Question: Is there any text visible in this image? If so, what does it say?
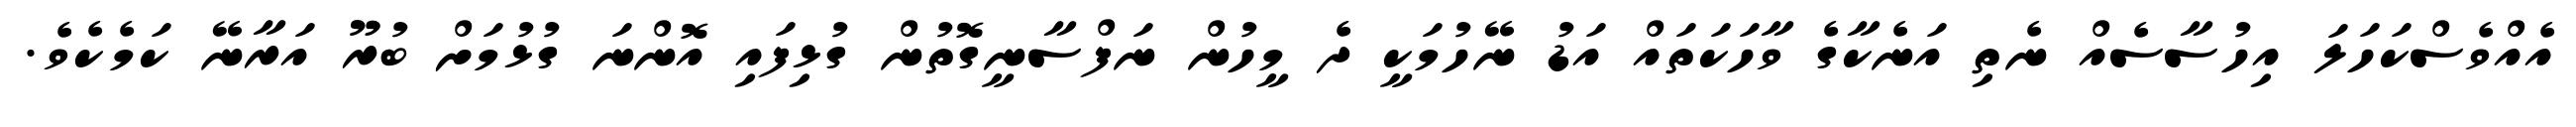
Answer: އެއްވެސްކަހަލަ އިހުސާސެއް ނެތި އަނެކާގެ ވާހަކަތައް އަޑު ނޭހުމަކީ ދެ މީހުން ނަފްސާނީގޮތުން ގުޅިފައި އޮންނަ ގުޅުމަށް ބުރޫ އަރާނޭ ކަމެކެވެ.